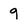
Character: 9